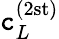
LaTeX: \mathtt{c}_{L}^{(2\mathrm{{st)}}}